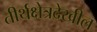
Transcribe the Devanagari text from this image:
तीर्थक्षेत्रदेखील